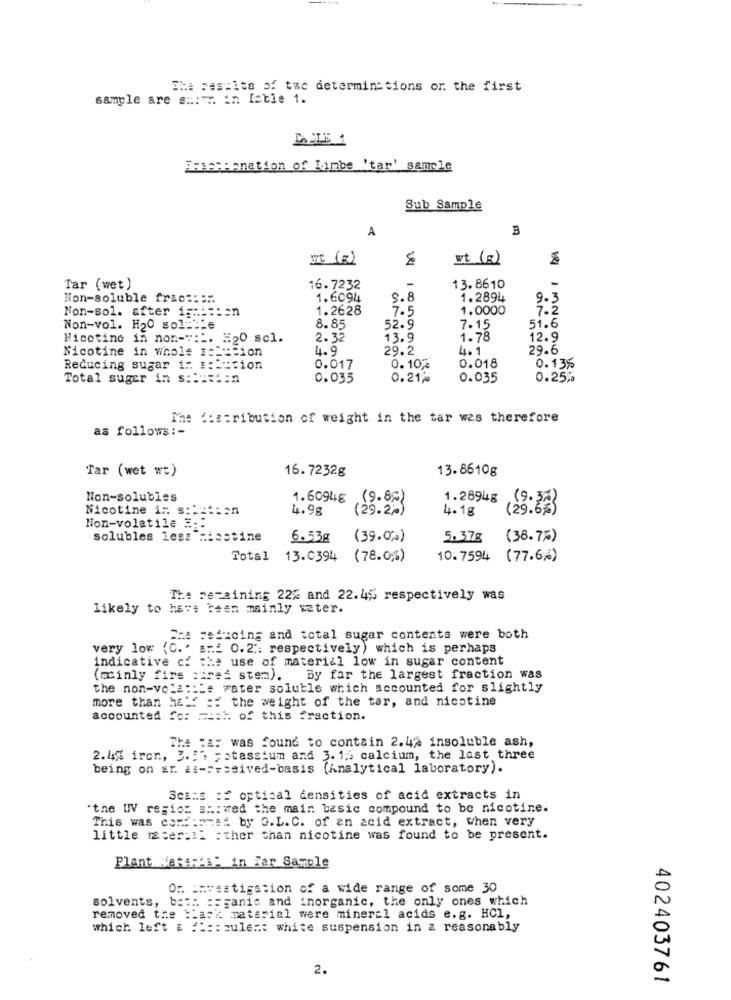
The pes:its of twe determinctions or. the first
sample are s .: m. in Iatie 1.
Ermezzanation of Limbe 'tan' sample
Sub Sample
A
B
vt (2)
FRA
Tar (wet)
16. 7232
-
13.8610
Non-soluble frac ::::
1.6094
9.8
1.2894
9.3
Non-sol. after i ====== n
1.2628
7.5
1.0000
7.2
Non-vol. H20 sol:ble
8.85
52.9
7.15
51.6
Nicotine in non -:: L. H20 scl.
2.32
13.9
1.78
12.9
Nicotine in whole ==== cion
4.9
29.2
4.1
29.6
Reducing sugar i: :::: tion
0.017
0.10%
0.018
0.135
Total suger in solucion
0.035
0.212
0.035
0.25%
The distribution of weight in the tar was therefore
as follows : -
Tar (wet w;)
16.7232g
13.8610g
Non-solubles
1.6094g (9.8%)
1.2894g (9.32)
Nicotine in solution
4.9g
(29.2.)
4.1g
( 29.6%)
Non-volatile 3 ::
solubles less"hisstine
6.53g
(39.0%)
5.37g
(38.75)
Total 13.0394
(78.0%)
10.7594 (77.6%)
The remaining 22% and 22.4% respectively was
likely to have been mainly vater.
Che reducing and total sugar contents were both
very low (0."
[ME 0.2 .: respectively) which is perhaps
indicative cf the use of material low in sugar content
(mainly fire siret stem).
By far the largest fraction was
the non-volatile water soluble which accounted for slightly
more than ha'' :: the weight of the tar, and nicotine
accounted fc: === t. of this fraction.
The :a: was found to contain 2.42 insoluble ash,
2.4% iron, 3. 5'. potassium and 3. 1.5 calcium, the last three
being on ar. as -== ssived-basis (Analytical laboratory).
Scans : optical densities of acid extracts in
"the W regio: showed the main basic compound to be nicotine.
This was com :: mti by O.L. C. of an acid extract, when very
little meter :: 1 : ther than nicotine was found to be present.
Plant HatAMAL: in Tar Sample
Or. investigation of a wide range of some 30
solvents, bath. == panic and inorganic, the only ones which
removed the tia
Hack material were mineral acids e.g. HCI,
which left & f1 :: sulen: white suspension in a reasonably
2.
402403761